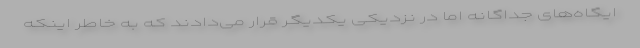
ایگاه‌های جداگانه اما در نزدیکی یکدیگر قرار می‌دادند که به خاطر اینکه